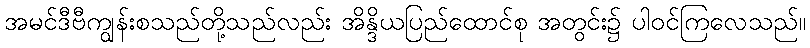
အမင်ဒီဗီကျွန်းစသည်တို့သည်လည်း အိန္ဒိယပြည်ထောင်စု အတွင်း၌ ပါဝင်ကြလေသည်။